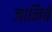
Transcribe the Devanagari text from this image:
जानिबे